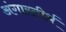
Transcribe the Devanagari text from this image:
अंगारतीर्थ